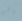
باطن